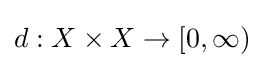
d:X\times X\to [0,\infty )